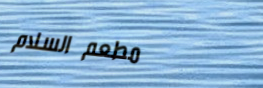
مطعم السلام